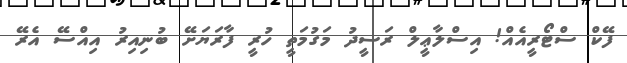
ފޭކް ސްޓޯރީއެއް! އިސްލާޢީލް ރަސީދު މަގުމަތީ ހުރީ ފާރަޔަށޭ ބުނިއިރު އިއްސޭ އެރޭ